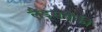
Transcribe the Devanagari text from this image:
लैंड्सबैंकी